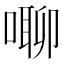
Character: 㗦